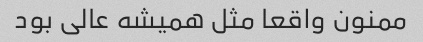
ممنون واقعا مثل همیشه عالی بود